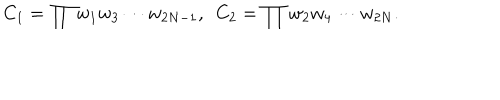
{ \label c } C _ { 1 } = \prod w _ { 1 } w _ { 3 } \cdots w _ { 2 N - 1 } , ~ ~ C _ { 2 } = \prod w _ { 2 } w _ { 4 } \cdots w _ { 2 N } .